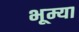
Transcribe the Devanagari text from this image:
भूम्या